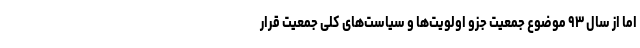
اما از سال ۹۳ موضوع جمعیت جزو اولویت‌ها و سیاست‌های کلی جمعیت قرار